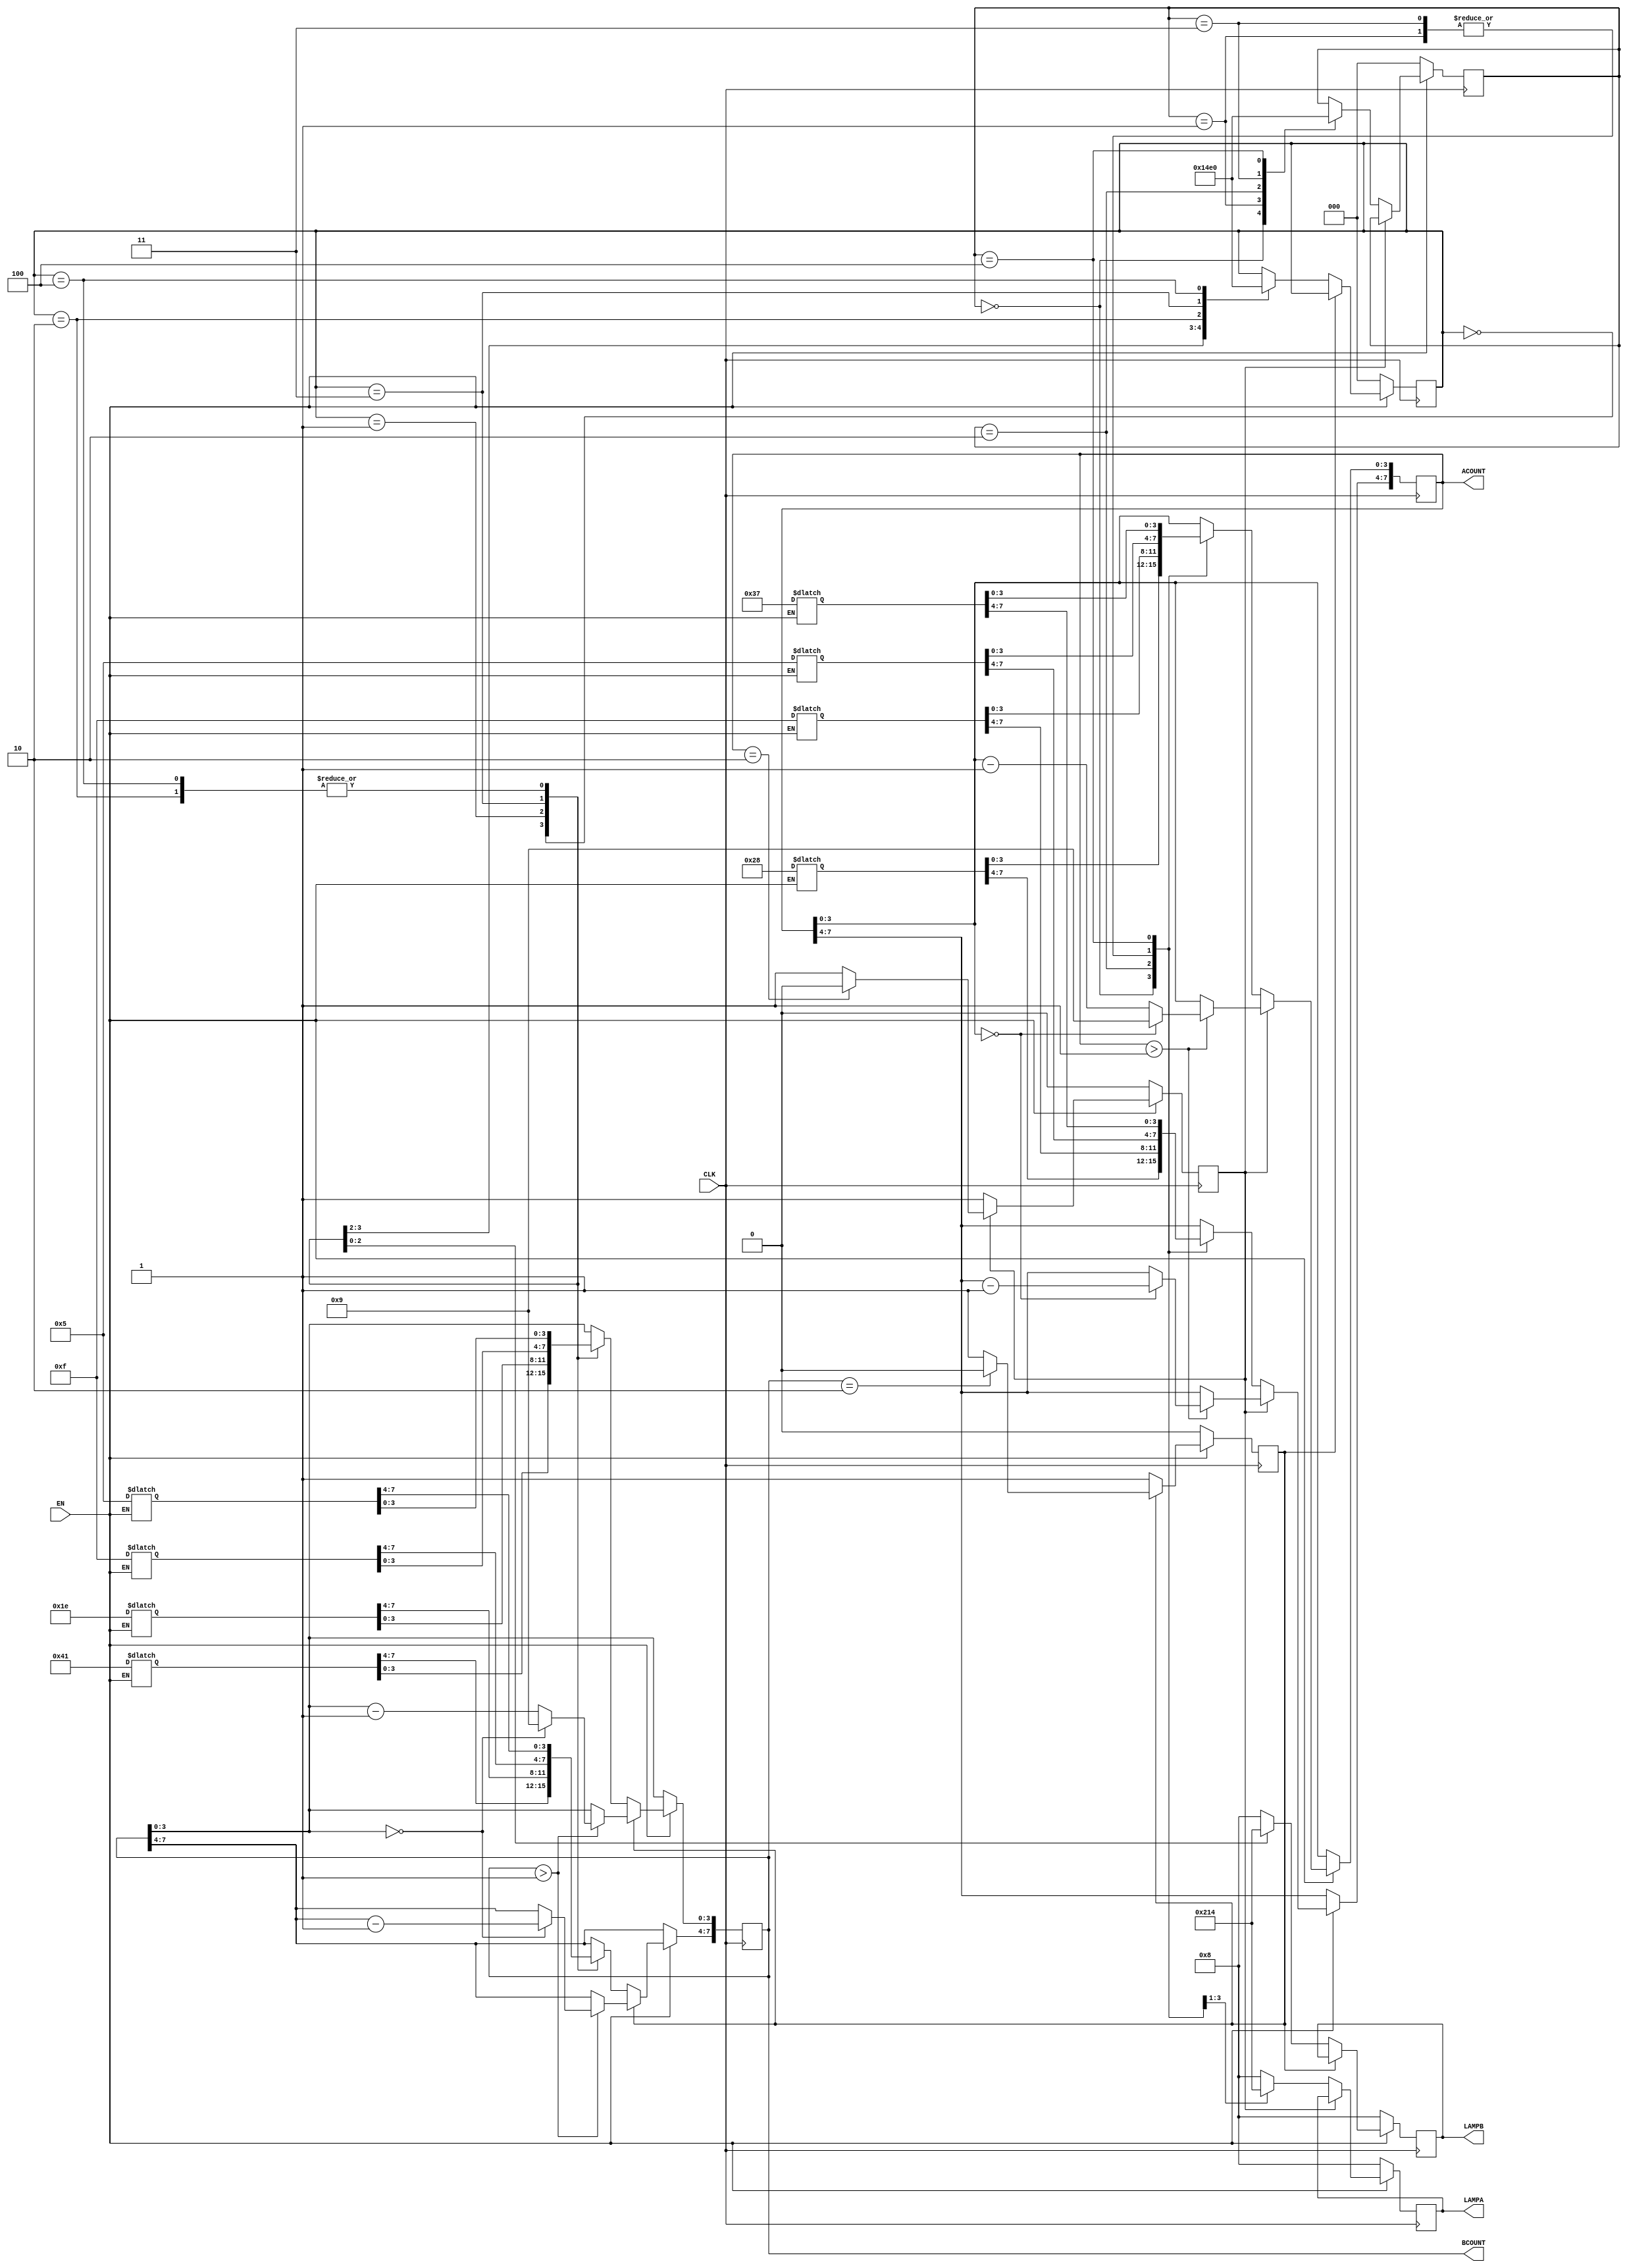
module traffic(CLK,EN,LAMPA,LAMPB,ACOUNT,BCOUNT);
output[7:0] ACOUNT,BCOUNT;
output[3:0] LAMPA,LAMPB;
input CLK,EN;
reg[7:0] numa,numb;
reg tempa,tempb;
reg[2:0] counta,countb;
reg[7:0] ared,ayellow,agreen,aleft,bred,byellow,bgreen,bleft;
reg[3:0] LAMPA,LAMPB;
always @(EN)
if(!EN)
begin //
ared <=8'd55; //55 
ayellow <=8'd5; //5 
agreen <=8'd40; //40 
aleft <=8'd15; //15 
bred <=8'd65; //65 
byellow <=8'd5; //5 
bleft <=8'd15; //15 
bgreen <=8'd30; //30 
end
assign ACOUNT=numa;
assign BCOUNT=numb;
always @(posedge CLK) //A 
begin
if(EN)
begin
if(!tempa)
begin
tempa<=1;
case(counta) //
0: begin numa<=agreen; LAMPA<=2; counta<=1; end
1: begin numa<=ayellow; LAMPA<=4; counta<=2; end
2: begin numa<=aleft; LAMPA<=1; counta<=3; end
3: begin numa<=ayellow; LAMPA<=4; counta<=4; end
4: begin numa<=ared; LAMPA<=8; counta<=0; end
default: LAMPA<=8;
endcase
end
else begin //
if(numa>1)
if(numa[3:0]==0) begin
numa[3:0]<=4'b1001;
numa[7:4]<=numa[7:4]-1;
end
else numa[3:0]<=numa[3:0]-1;
if (numa==2) tempa<=0;
end
end
else begin
LAMPA<=4'b1000;
counta<=0; tempa<=0;
end
end
always @(posedge CLK) //B 
begin
if (EN)
begin
if(!tempb)
begin
tempb<=1;
case (countb) //
0: begin numb<=bred; LAMPB<=8; countb<=1; end
1: begin numb<=bgreen; LAMPB<=2; countb<=2; end
2: begin numb<=byellow; LAMPB<=4; countb<=3; end
3: begin numb<=bleft; LAMPB<=1; countb<=4; end
4: begin numb<=byellow; LAMPB<=4; countb<=0; end
default: LAMPB<=8;
endcase
end
else
begin //
if(numb>1)
if(!numb[3:0]) begin
numb[3:0]<=9;
numb[7:4]<=numb[7:4]-1;
end
else numb[3:0]<=numb[3:0]-1;
if(numb==2) tempb<=0;
end
end
else begin
LAMPB<=4'b1000;
tempb<=0; countb<=0;
end
end
endmodule